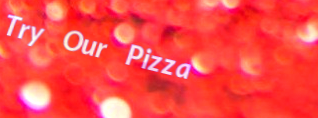
Try Our Pizza